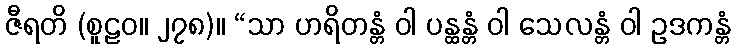
ဇီရတိ (စူဠဝ။ ၂၇၈)။ “သာ ဟရိတန္တံ ဝါ ပန္ထန္တံ ဝါ သေလန္တံ ဝါ ဥဒကန္တံ